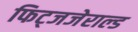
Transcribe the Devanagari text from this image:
फिट्जजेराल्ड